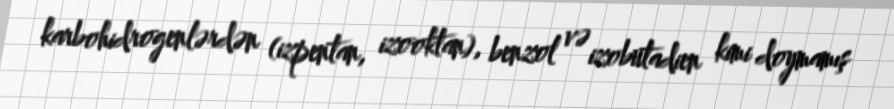
karbohidrogenlərdən (izpentan, izooktan), benzol və izobutadien kimi doymamış